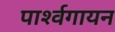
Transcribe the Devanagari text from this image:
पार्श्‍वगायन